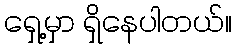
ရှေ့မှာ ရှိနေပါတယ်။